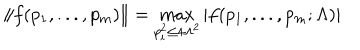
\| f ( p _ { 1 } , . . . , p _ { m } ) \| = \max _ { p _ { i } ^ { 2 } \leq 4 \Lambda ^ { 2 } } | f ( p _ { 1 } , . . . , p _ { m } ; \Lambda ) |